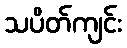
သပိတ်ကျင်း